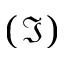
( \Im )